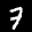
Label: 7